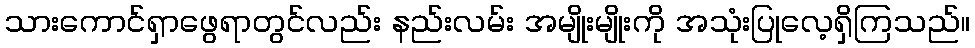
သားကောင်ရှာဖွေရာတွင်လည်း နည်းလမ်း အမျိုးမျိုးကို အသုံးပြုလေ့ရှိကြသည်။